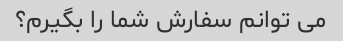
می توانم سفارش شما را بگیرم؟